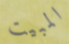
المبيت